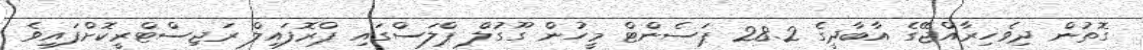
ގޮތުން ދިވެހިރާއްޖޭގެ އާބާދީގެ 28.2 ޕަސެންޓް މީހުން ގޫގުލް ޕްލަސްގައި ޕްރޮފައިލް ރަޖިސްޓްރީކޮށްފައިވެ